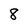
Character: 8